Report on vaccination in Madras 1877-1894 - 1877-1894
Year: 1877
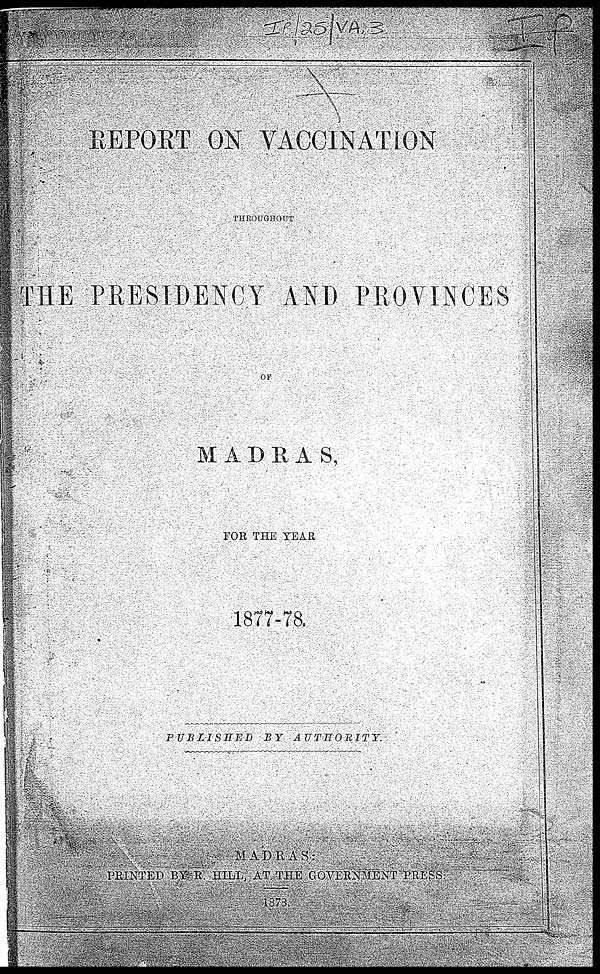
REPORT ON VACCINATION
THROUGHOUT
THE PRESIDENCY AND PROVINCES
OF
MADRAS,
FOR THE YEAR
1877-78.
PUBLISHED
BY
AUTHORITY.
MADRAS:
PRINTED BY R. HILL, AT THE GOVERNMENT PRESS.
1878.